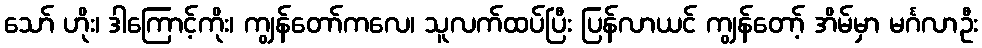
သော် ဟိုး၊ ဒါကြောင့်ကိုး၊ ကျွန်တော်ကလေ၊ သူလက်ထပ်ပြီး ပြန်လာယင် ကျွန်တော့် အိမ်မှာ မင်္ဂလာဦး